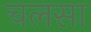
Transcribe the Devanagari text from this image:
चलसा